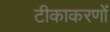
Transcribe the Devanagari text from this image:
टीकाकरणों